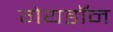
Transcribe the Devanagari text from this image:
गेयडॉन